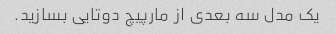
یک مدل سه بعدی از مارپیچ دوتایی بسازید.